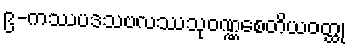
၉-ကဿပဒသဗလဿသုဝဏ္ဏစေတိယဝတ္ထု